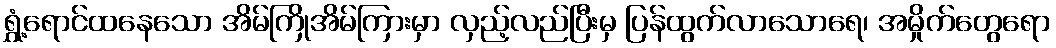
ရွှံ့ရောင်ထနေသော အိမ်ကြိုအိမ်ကြားမှာ လှည့်လည်ပြီးမှ ပြန်ထွက်လာသောရေ၊ အမှိုက်တွေရော